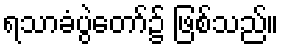
ရသာခံပွဲတော်၌ ဖြစ်သည်။